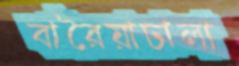
বারৈয়াঢালা